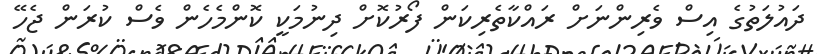
ދައުލަތުގެ އިސް ވެރިންނަށް ރައްކާތެރިކަން ފޯރުކޮށް ދިނުމަކީ ކޮންމެހެން ވެސް ކުރަން ޖެހޭ